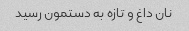
نان داغ و تازه به دستمون رسید